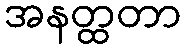
အနတ္ထတာ